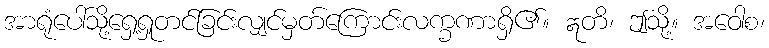
အာရုံပေါ်သို့ရှေ့ရှုတင်ခြင်းလျှင်မှတ်ကြောင်းလက္ခဏာရှိ၏။ ဣတိ၊ ဤသို့။ အဝေါစ၊